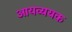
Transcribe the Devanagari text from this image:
आयव्ययक